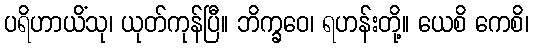
ပရိဟာယိံသု၊ ယုတ်ကုန်ပြီ။ ဘိက္ခဝေ၊ ရဟန်းတို့။ ယေစိ ကေစိ၊